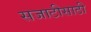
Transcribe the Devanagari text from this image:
सजाटीसाठी